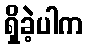
ရှိခဲ့ပါက